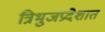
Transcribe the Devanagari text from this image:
त्रिभुजप्रदेशात